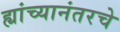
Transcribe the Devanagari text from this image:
ह्यांच्यानंतरचे